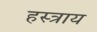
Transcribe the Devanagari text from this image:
हस्त्राय